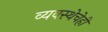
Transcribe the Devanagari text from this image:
व्यवस्थेचेही